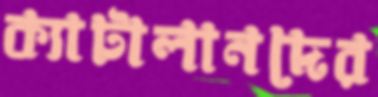
ক্যাটালানদের